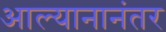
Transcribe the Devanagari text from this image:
आल्यानानंतर